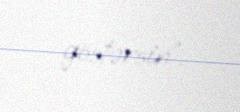
göstərsin”.